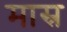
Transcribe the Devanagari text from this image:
मास्र